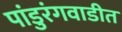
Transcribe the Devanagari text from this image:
पांडुरंगवाडीत